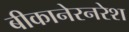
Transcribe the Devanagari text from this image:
बीकानेरनरेश